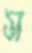
স